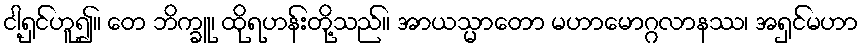
ငါ့ရှင်ဟူ၍။ တေ ဘိက္ခူ၊ ထိုရဟန်းတို့သည်။ အာယသ္မာတော မဟာမောဂ္ဂလာနဿ၊ အရှင်မဟာ